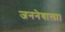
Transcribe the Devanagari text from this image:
जननेवाला।